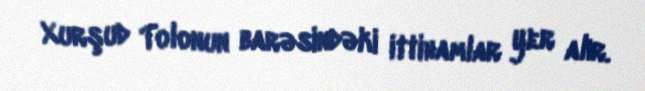
Xurşud Tolonun barəsindəki ittihamlar yer alır.